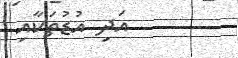
އަދި އުޑުތަކާއި